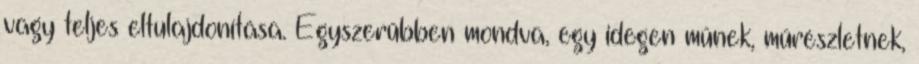
vagy teljes eltulajdonítása. Egyszerűbben mondva, egy idegen műnek, műrészletnek,